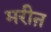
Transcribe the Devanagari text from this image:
मरीऩ